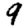
Digit: 9